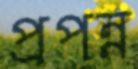
প্রপন্ন